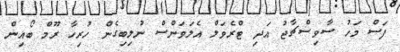
ފަސް މަހު ސާވިސްޗާޖު އަދި ޓްރެވަލް އެލަވަންސް ނުލިބިގެން ހުރިހާ ރޫމް ބޯއިން